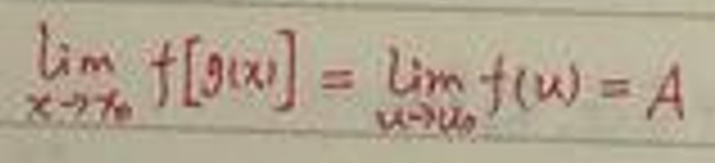
\[
\lim_{x \to x_0} f[g(x)] = \lim_{u \to u_0} f(u) = A
\]